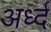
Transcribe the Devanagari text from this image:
अर्ध्द